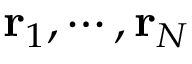
\mathbf { r } _ { 1 } , \cdots , \mathbf { r } _ { N }